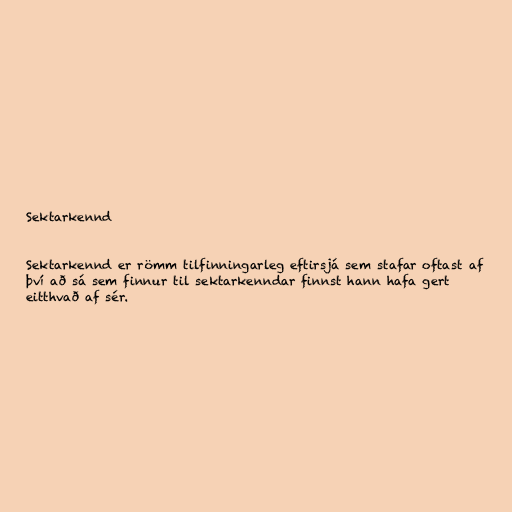
Sektarkennd

Sektarkennd er römm tilfinningarleg eftirsjá sem stafar oftast af
því að sá sem finnur til sektarkenndar finnst hann hafa gert
eitthvað af sér.